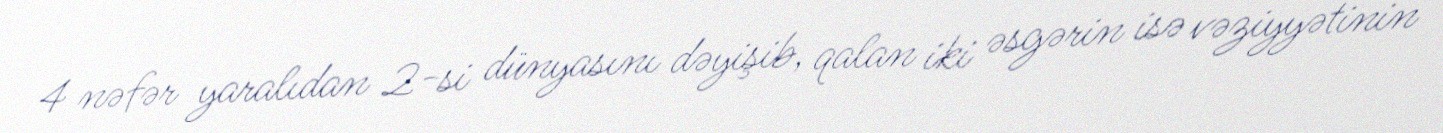
4 nəfər yaralıdan 2-si dünyasını dəyişib, qalan iki əsgərin isə vəziyyətinin